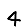
Digit: 4